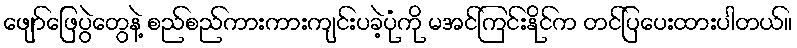
ဖျော်ဖြေပွဲတွေနဲ့ စည်စည်ကားကားကျင်းပခဲ့ပုံကို မအင်ကြင်းနိုင်က တင်ပြပေးထားပါတယ်။